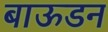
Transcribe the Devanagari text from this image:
बाऊडन